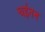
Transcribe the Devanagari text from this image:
चईतन